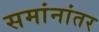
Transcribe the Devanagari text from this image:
समांनांतर